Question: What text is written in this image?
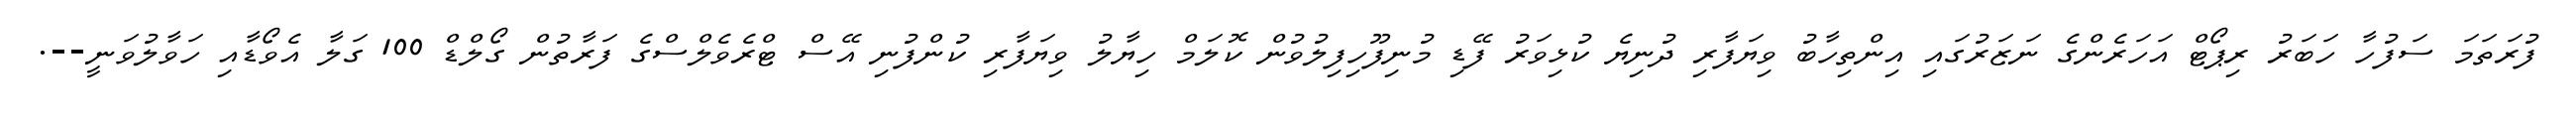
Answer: ފުރަތަމަ ސަފުހާ ހަބަރު ރިޕޯޓް އަހަރެންގެ ނަޒަރުގައި އިންތިހާބު ވިޔަފާރި ދުނިޔެ ކުޅިވަރު ފޭޑި މުނިފޫހިފިލުވުން ކޮލަމް ހިޔާލު ވިޔަފާރި ކުންފުނި އޭސް ޓްރެވެލްސްގެ ފަރާތުން ގޯލްޑް 100 ގަލާ އެވޯޑާއި ހަވާލުވަނީ--.